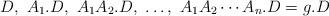
LaTeX: \begin{align*}D,\ A_1.D,\ A_1A_2.D,\ \ldots,\ A_1A_2\cdots A_n.D = g.D\end{align*}